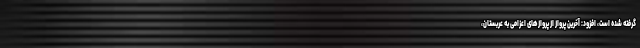
گرفته شده است، افزود: آخرین پرواز از پرواز‌های اعزامی به عربستان،